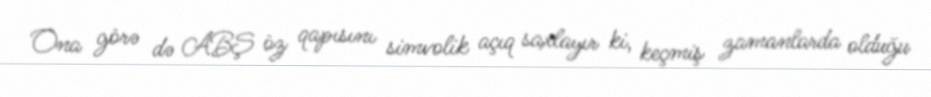
Ona görə də ABŞ öz qapısını simvolik açıq saxlayır ki, keçmiş zamanlarda olduğu